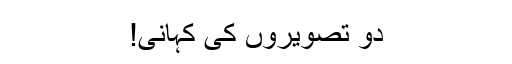
دو تصویروں کی کہانی!